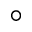
^ { \circ }